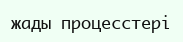
жады процесстері